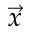
\vec { x }